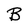
Character: B